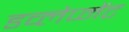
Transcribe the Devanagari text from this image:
डव्लेप्मेंट